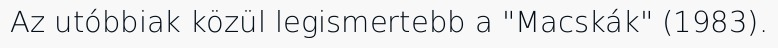
Az utóbbiak közül legismertebb a "Macskák" (1983).